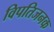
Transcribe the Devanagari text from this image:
विपतिजनक